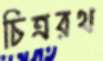
চিত্ররথ